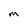
Character: M